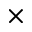
\times